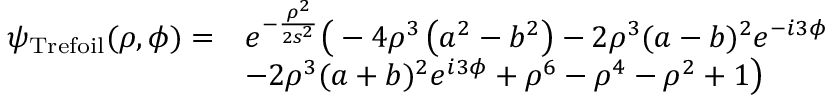
\begin{array} { r l } { \psi _ { \mathrm { T r e f o i l } } ( \rho , \phi ) = } & { e ^ { - \frac { \rho ^ { 2 } } { 2 s ^ { 2 } } } \bigr ( - 4 \rho ^ { 3 } \left( a ^ { 2 } - b ^ { 2 } \right) - 2 \rho ^ { 3 } ( a - b ) ^ { 2 } e ^ { - i 3 \phi } } \\ & { - 2 \rho ^ { 3 } ( a + b ) ^ { 2 } e ^ { i 3 \phi } + \rho ^ { 6 } - \rho ^ { 4 } - \rho ^ { 2 } + 1 \bigr ) } \end{array}